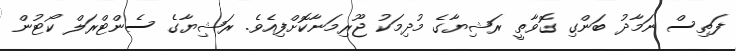
ފަތިސް ނަމާދު ބަންގި ގޮވާތީ ރަޝިޔާގެ މުދިމަކު ޖޫރިމަނާކޮށްފިއެވެ. ރަޝިޔާގެ ސެންޓްރަލް ކޯޓުން